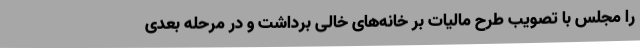
را مجلس با تصویب طرح مالیات بر خانه‌های خالی برداشت و در مرحله بعدی